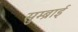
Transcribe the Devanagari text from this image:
सुम्ब्राई